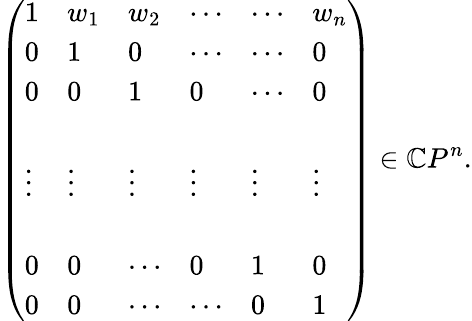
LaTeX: \left(\begin{array}{llllll}{{1}}&{{w_{1}}}&{{w_{2}}}&{{\cdots}}&{{\cdots}}&{{w_{n}}}\\ {{0}}&{{1}}&{{0}}&{{\cdots}}&{{\cdots}}&{{0}}\\ {{0}}&{{0}}&{{1}}&{{0}}&{{\cdots}}&{{0}}\\ {{}}&{{}}&{{}}&{{}}&{{}}&{{}}\\ {{\vdots}}&{{\vdots}}&{{\vdots}}&{{\vdots}}&{{\vdots}}&{{\vdots}}\\ {{}}&{{}}&{{}}&{{}}&{{}}&{{}}\\ {{0}}&{{0}}&{{\cdots}}&{{0}}&{{1}}&{{0}}\\ {{0}}&{{0}}&{{\cdots}}&{{\cdots}}&{{0}}&{{1}}\end{array}\right)\in\mathbb{C}P^{n}.